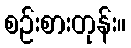
စဉ်းစားတုန်း။